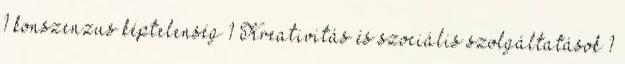
1 konszenzus képtelenség 1 Kreativitás és szociális szolgáltatások 1